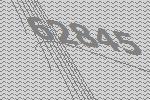
62845